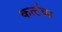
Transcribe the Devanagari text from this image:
कर्त्टव्य